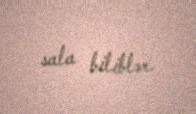
sala biliblər.